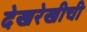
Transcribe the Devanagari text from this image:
देखरेखीची